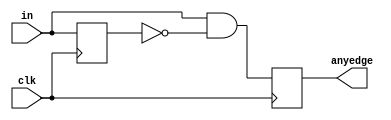
module top_module (
    input wire clk,
    input wire [7:0] in,
    output reg [7:0] anyedge
);
    // Register to store the previous state of the input
    reg [7:0] prev_in;

    // Detect edge transitions and update the output
    always @(posedge clk) begin
        // Compare the current input with the previous input
        anyedge <= (in & ~prev_in); // Detect 0 to 1 transitions

        // Update prev_in with the current input for the next comparison
        prev_in <= in;
    end
endmodule